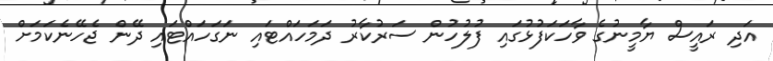
އަދި ރައީސް ޔާމީނުގެ ވާހަކަފުޅުގައި ފުލުުހުން ސަރުކާރު ދަމަހައްޓައި ނަގަހައްޓައި ދޭން ޖެހޭނެކަމަށް